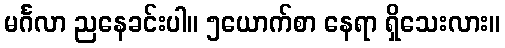
မင်္ဂလာ ညနေခင်းပါ။ ၅ယောက်စာ နေရာ ရှိသေးလား။